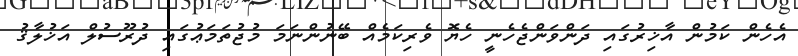
އެހެން ކަމުން އާޚިރުގައި ދަންވަންޖެހެނީ ހެޔޮ ވެރިކަމެއް ބޭނުންނަމަ މުޖުތަމަޢުގައި ދުރޫސުލް އަޚުލާޤު